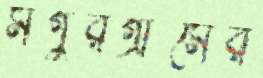
মগুরগ্রামের